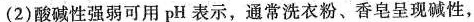
(2)酸碱性强弱可用pH表示，通常洗衣粉、香皂呈现碱性，